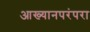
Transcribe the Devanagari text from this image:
आख्यानपरंपरा